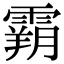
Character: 𩄤